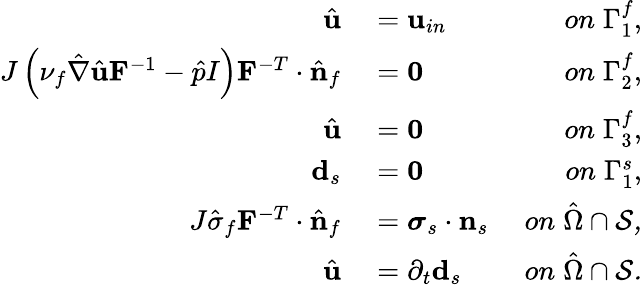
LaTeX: \begin{array}{rlr}{\hat{\mathbf{u}}}&{{}=\mathbf{u}_{in}\; }&{on\; \Gamma_{1}^{f},}\\ {J\left(\nu_{f}\hat{\nabla}\hat{\mathbf{u}}\mathbf{F}^{-1}-\hat{p}I\right)\mathbf{F}^{-T}\cdot\hat{\mathbf{n}}_{f}}&{{}=\mathbf{0}\; }&{on\; \Gamma_{2}^{f},}\\ {\hat{\mathbf{u}}}&{{}=\mathbf{0}\; }&{on\; \Gamma_{3}^{f},}\\ {\mathbf{d}_{s}}&{{}=\mathbf{0}\; }&{on\; \Gamma_{1}^{s},}\\ {J\hat{\sigma}_{f}\mathbf{F}^{-T}\cdot\hat{\mathbf{n}}_{f}}&{{}=\boldsymbol{\sigma}_{s}\cdot\mathbf{n}_{s}\; }&{on\; \hat{\Omega}\cap\cal S,}\\ {\hat{\mathbf{u}}}&{{}=\partial_{t}\mathbf{d}_{s}\; }&{on\; \hat{\Omega}\cap\cal S.}\end{array}